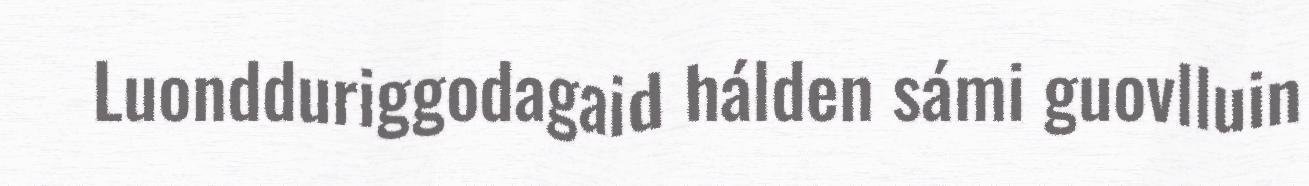
Luondduriggodagaid hálden sámi guovlluin